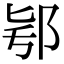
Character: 𨚛